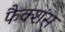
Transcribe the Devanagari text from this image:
फैक्शंस